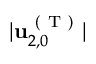
\vert \mathbf { u } _ { 2 , 0 } ^ { \mathrm { ~ ( ~ T ~ ) ~ } } \vert